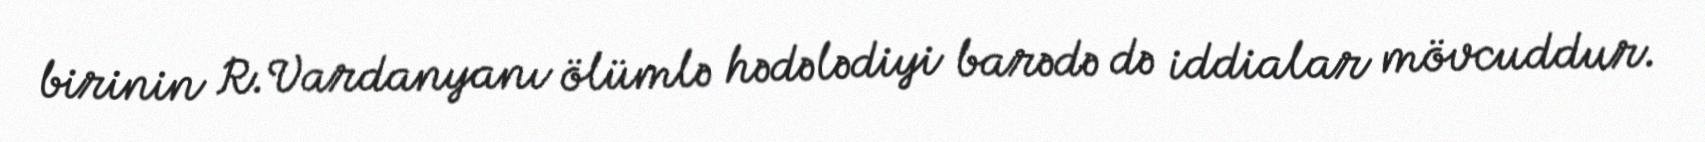
birinin R.Vardanyanı ölümlə hədələdiyi barədə də iddialar mövcuddur.